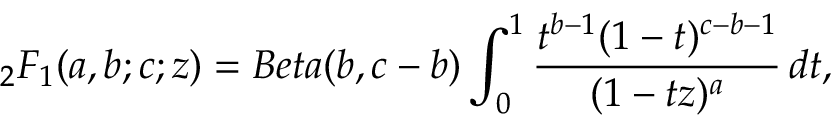
_ 2 F _ { 1 } ( a , b ; c ; z ) = B e t a ( b , c - b ) \int _ { 0 } ^ { 1 } \frac { t ^ { b - 1 } ( 1 - t ) ^ { c - b - 1 } } { ( 1 - t z ) ^ { a } } \, d t ,